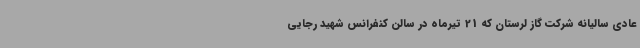
عادی سالیانه شرکت گاز لرستان که 21 تیرماه در سالن کنفرانس شهید رجایی